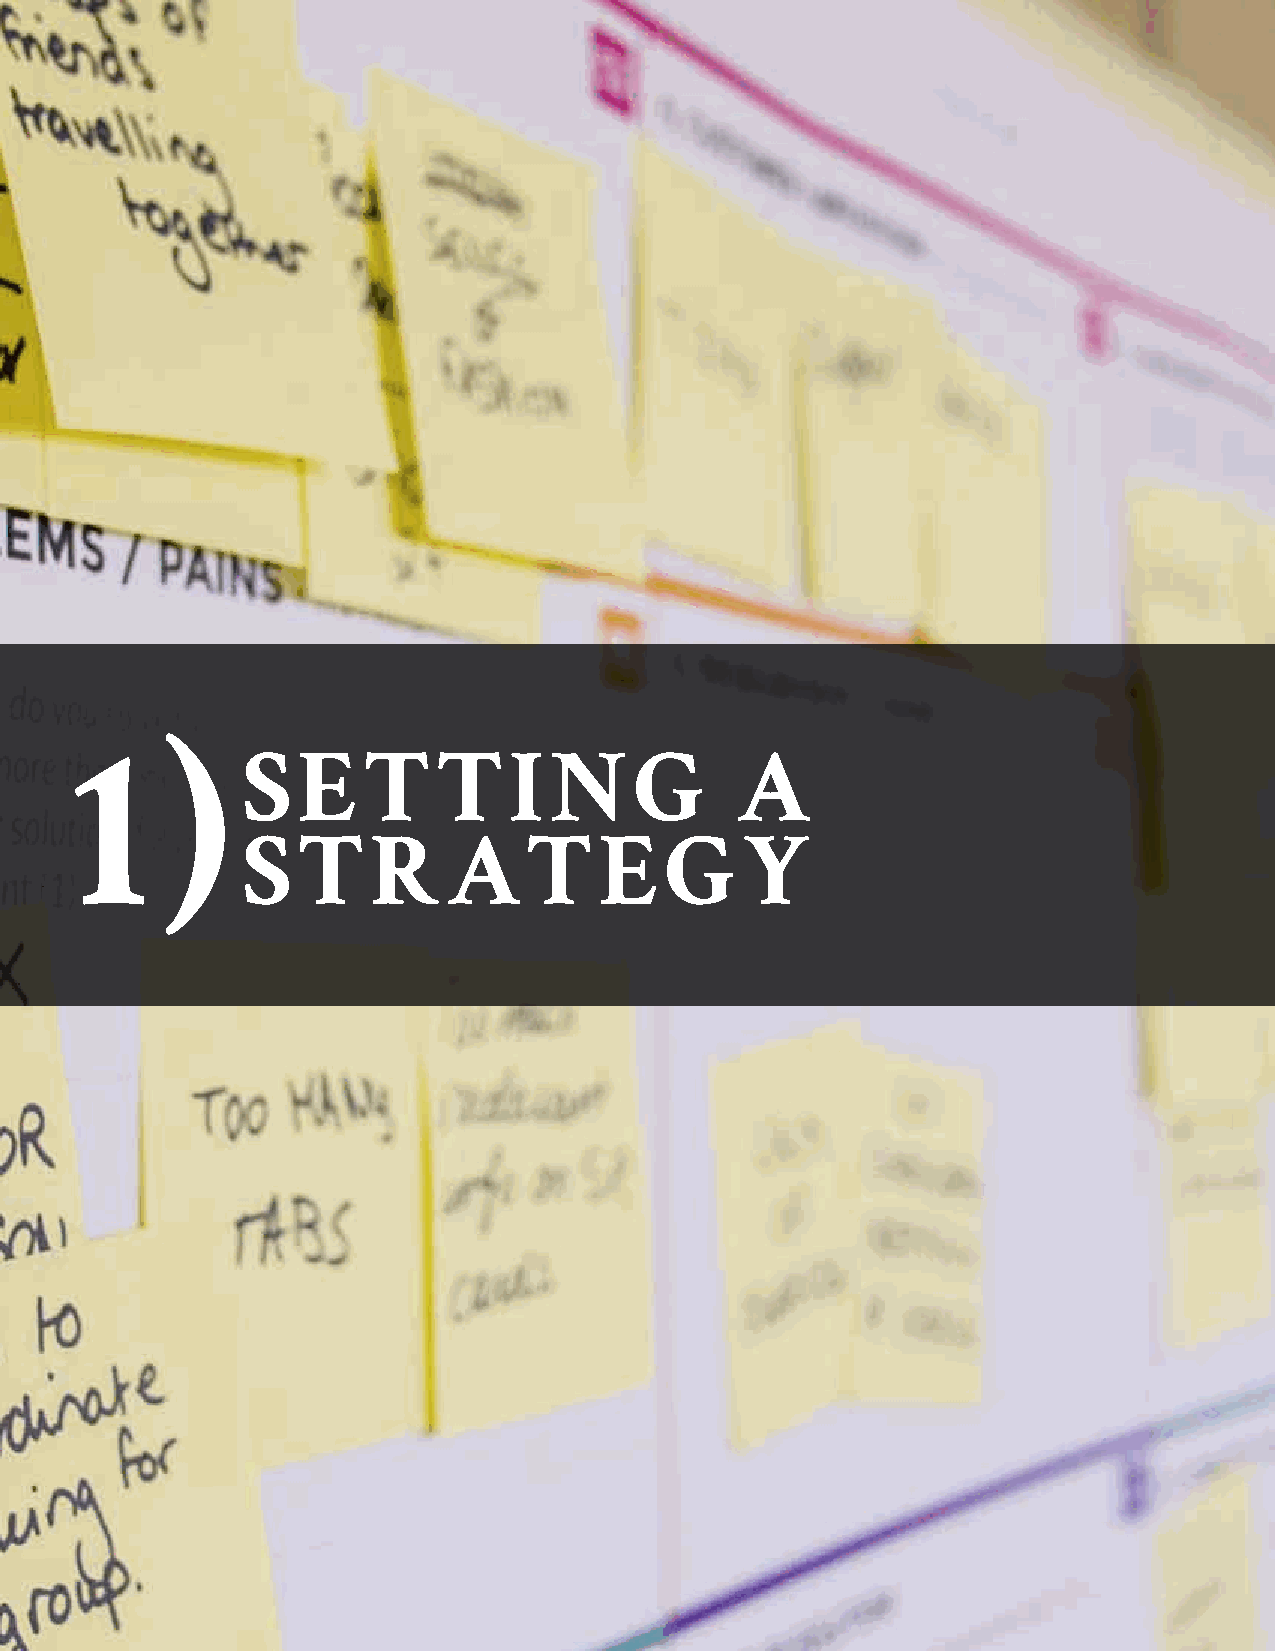
1     )
 SETTING                          A
 STRATEGY
 II